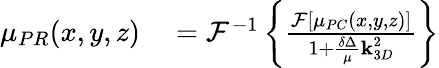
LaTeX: \begin{array}{rl}{\mu_{PR}(x,y,z)}&{{}=\mathcal{F}^{-1}\left\{ \frac{\mathcal{F}[\mu_{PC}(x,y,z)]}{1+\frac{\delta\Delta}{\mu}\textbf{k}_{3D}^{2}}\right\} }\end{array}